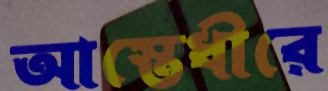
আস্তেধীরে